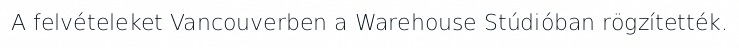
A felvételeket Vancouverben a Warehouse Stúdióban rögzítették.